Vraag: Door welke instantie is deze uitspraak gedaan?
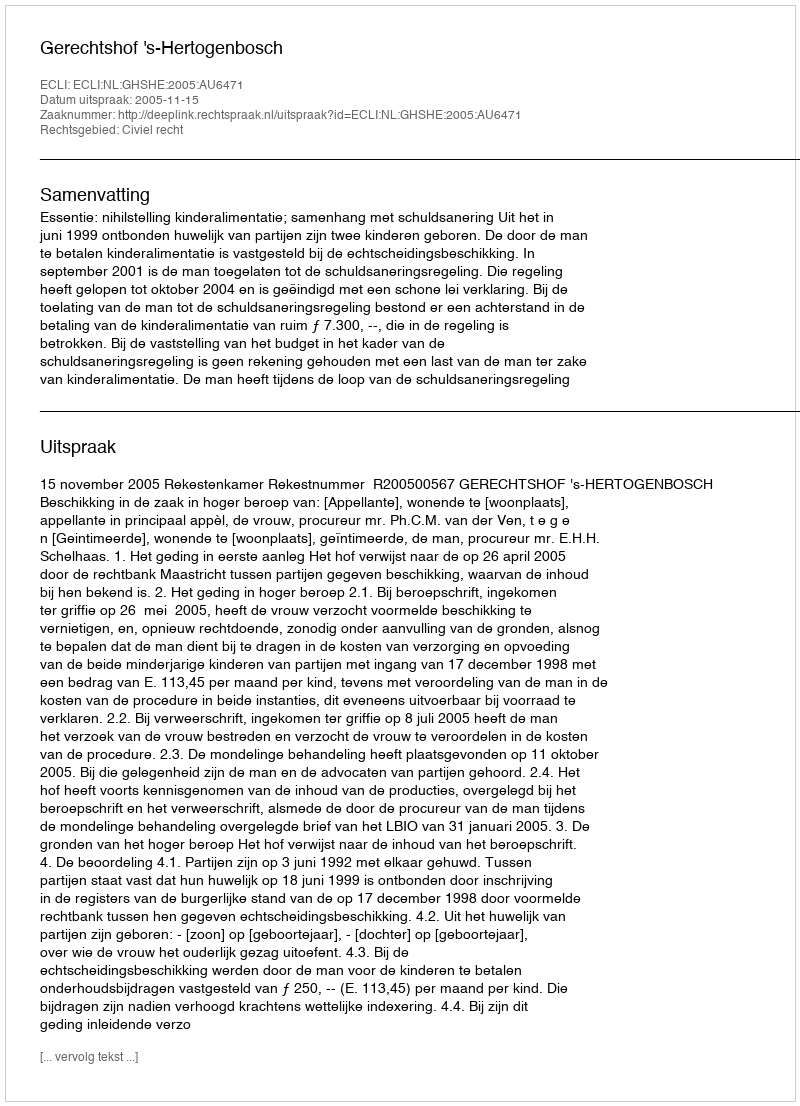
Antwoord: Gerechtshof 's-Hertogenbosch